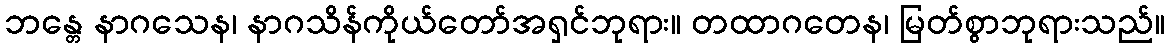
ဘန္တေ နာဂသေန၊ နာဂသိန်ကိုယ်တော်အရှင်ဘုရား။ တထာဂတေန၊ မြတ်စွာဘုရားသည်။